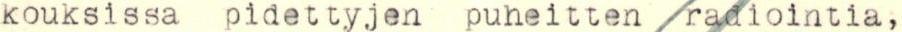
kouksissa pidettyjen puheitten radiointia,